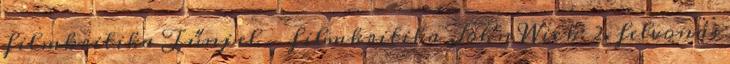
filmkritika Tűnj el - filmkritika John Wick: 2. felvonás